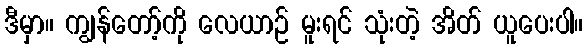
ဒီမှာ။ ကျွန်တော့်ကို လေယာဉ် မူးရင် သုံးတဲ့ အိတ် ယူပေးပါ။